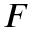
F